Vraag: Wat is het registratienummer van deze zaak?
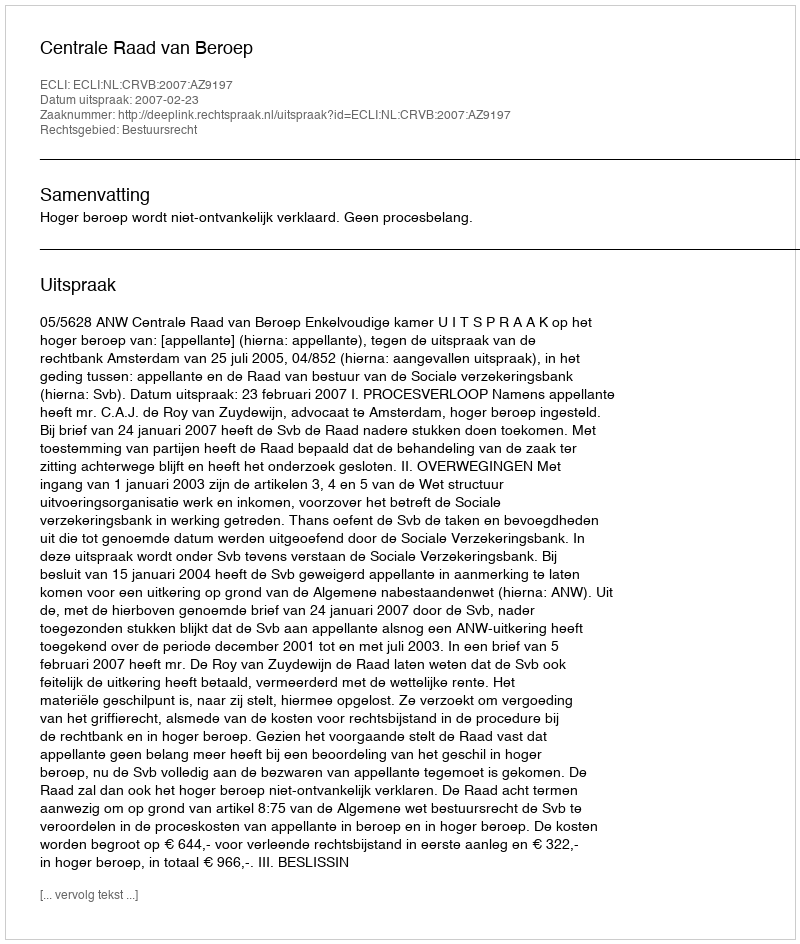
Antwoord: http://deeplink.rechtspraak.nl/uitspraak?id=ECLI:NL:CRVB:2007:AZ9197